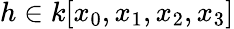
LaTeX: h\in k[x_{0},x_{1},x_{2},x_{3}]